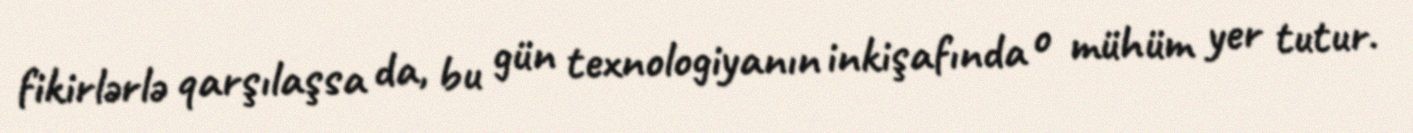
fikirlərlə qarşılaşsa da, bu gün texnologiyanın inkişafında o mühüm yer tutur.